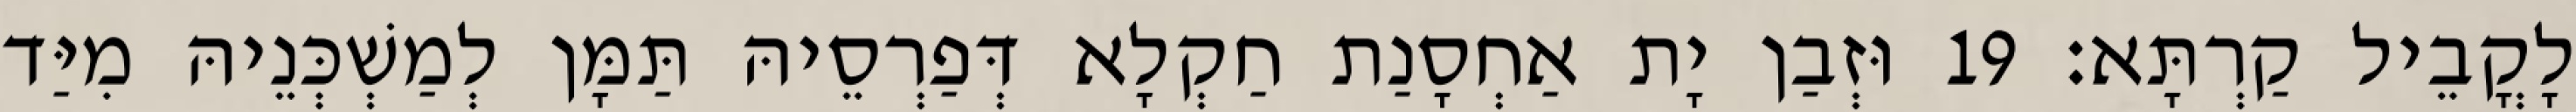
לָקֳבֵיל קַרְתָּא׃ 19 וּזְבַן יָת אַחְסָנַת חַקְלָא דְּפַרְסֵיהּ תַּמָּן לְמַשְׁכְּנֵיהּ מִיַּד